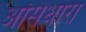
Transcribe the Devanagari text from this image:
असिधारा